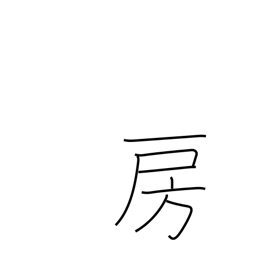
Meaning: fringe